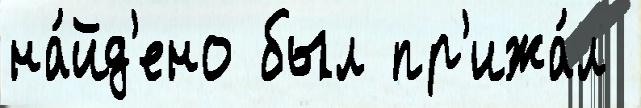
на́йд'ено был пр'ижа́л